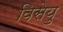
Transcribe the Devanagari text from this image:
विसेयु